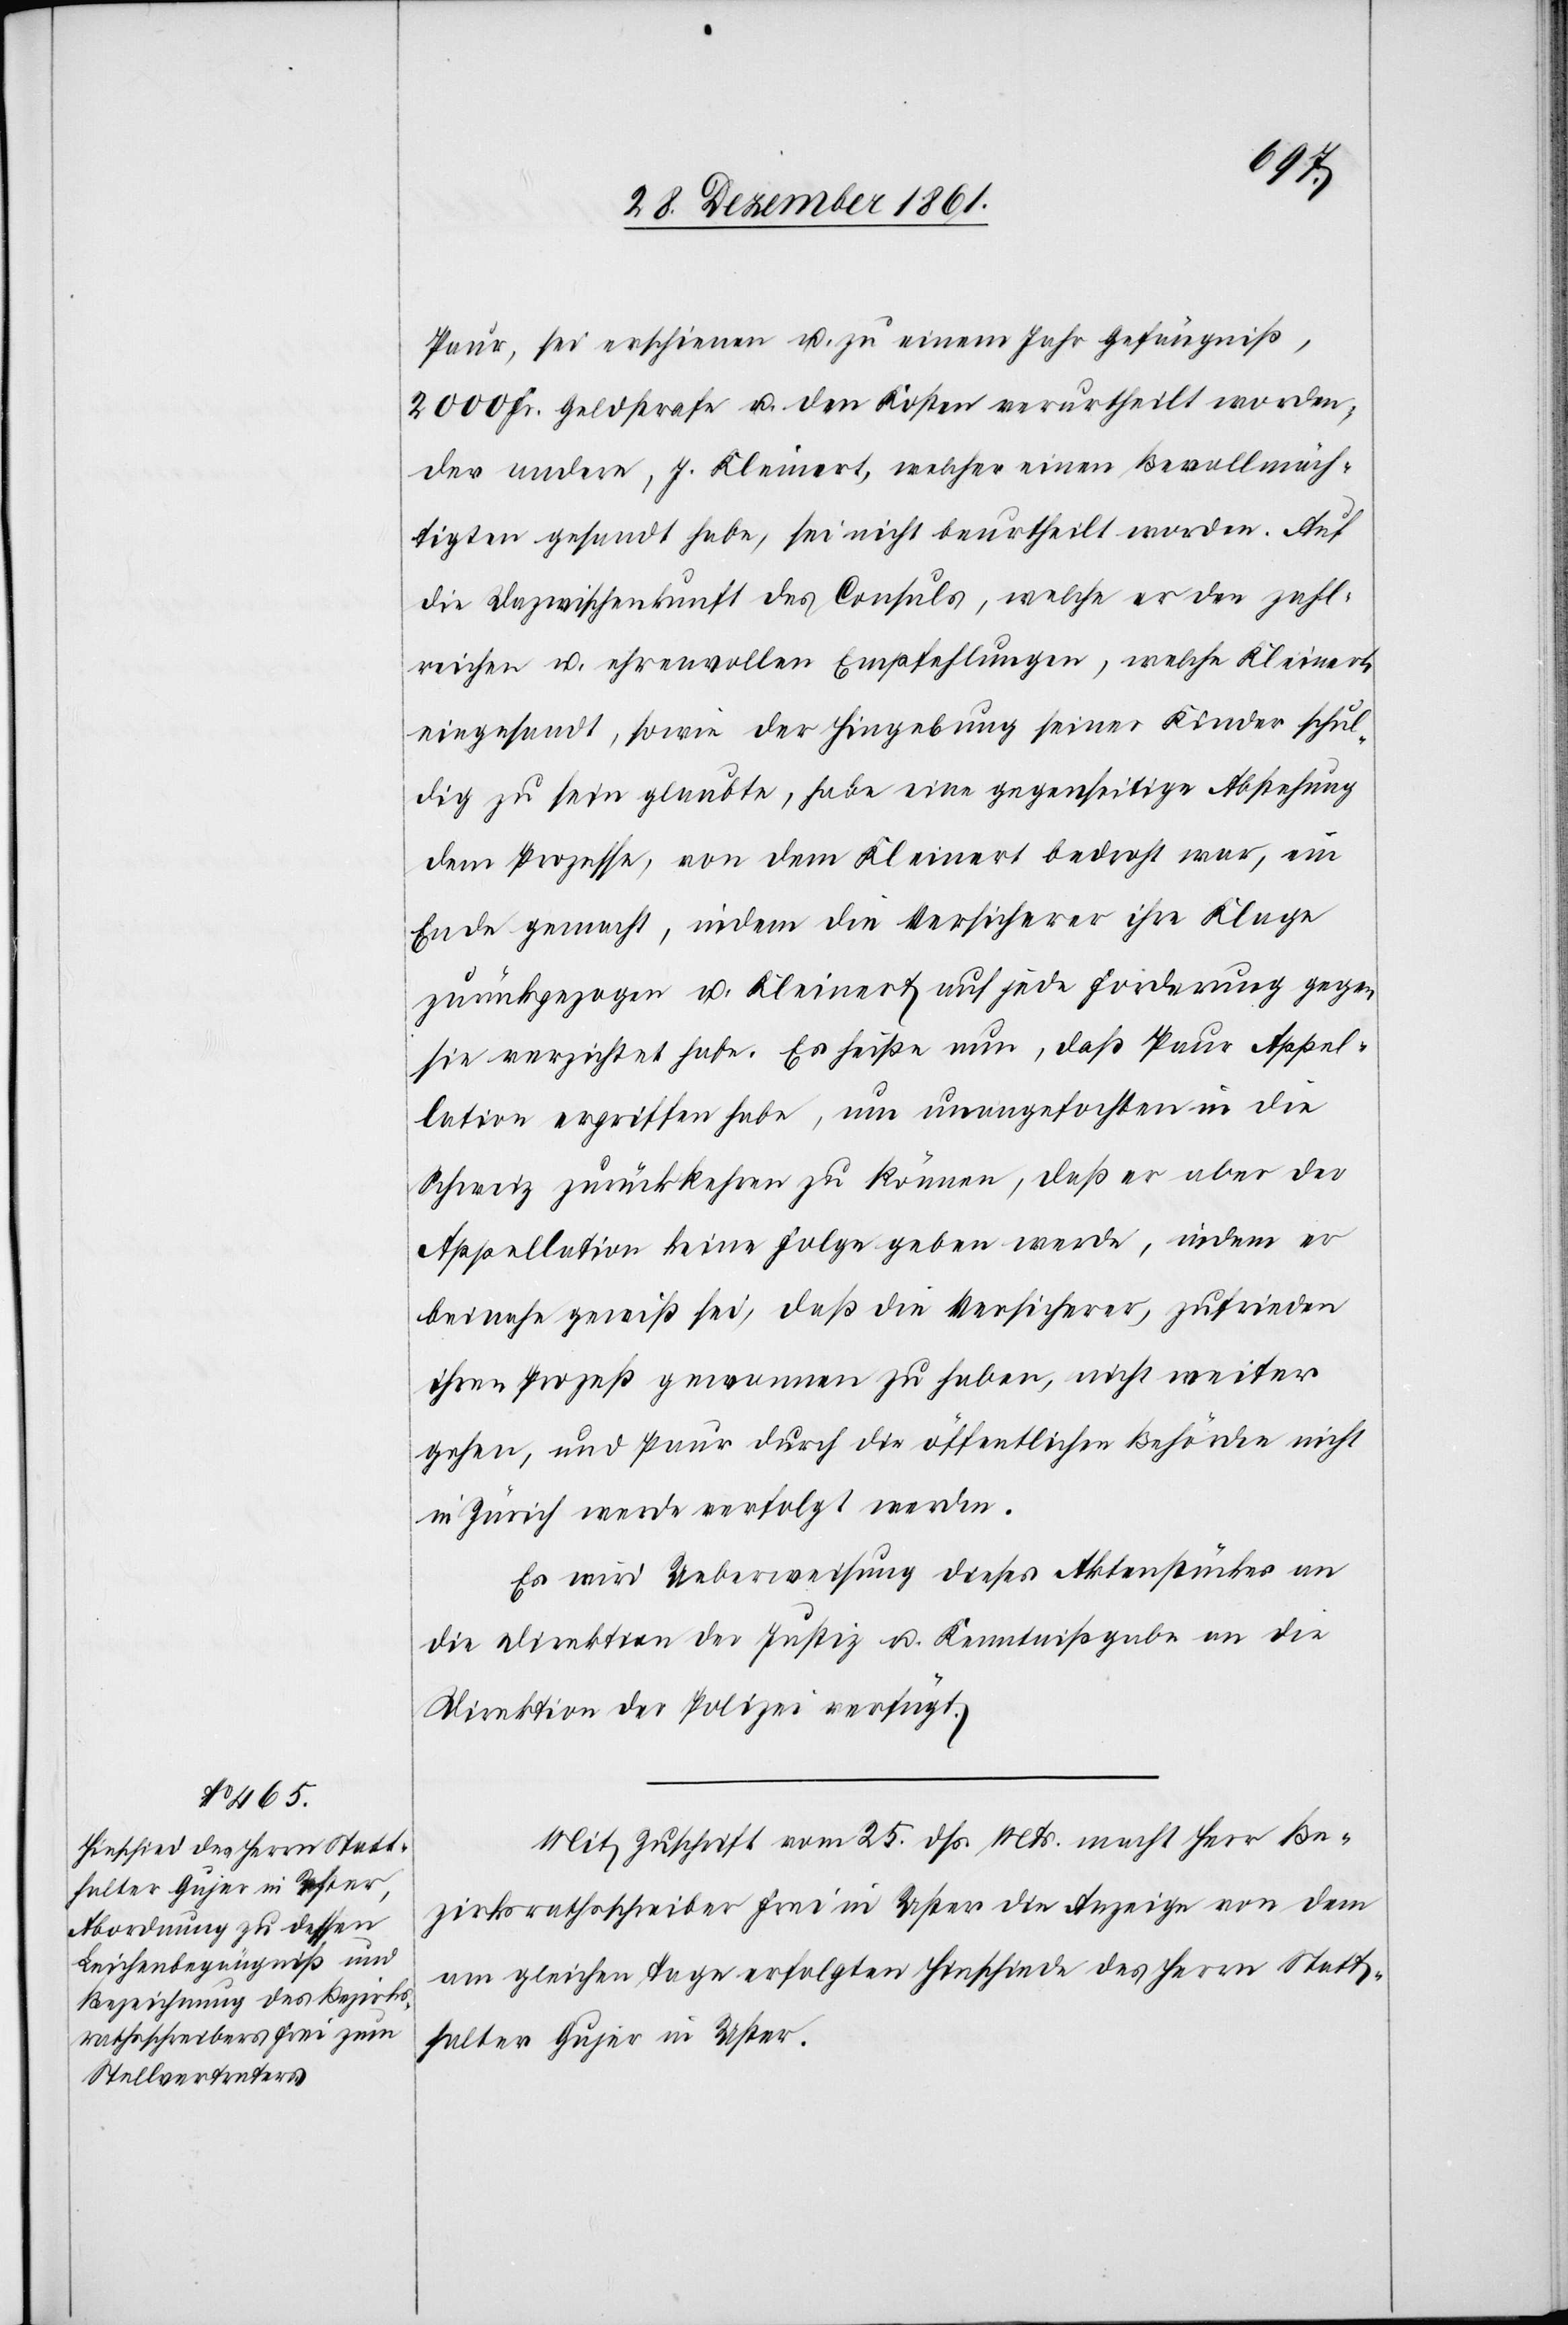
Paur, sei erschienen u. zu einem Jahr Gefängniß,
2000 Fr. Geldstrafe u. den Kosten verurtheilt worden,
der andere, J. Kleinert, welcher einen Bevollmäch¬
tigten gesandt habe, sei nicht beurtheilt worden. Auf
die Dazwischenkunft des Consuls, welche er den zahl¬
reichen u. ehrenvollen Empfehlungen, welche Kleinert,
einsandt, sowie der Hingebung seiner Kinder schul¬
dig zu sein glaubte, habe eine gegenseitige Abstehung
dem Prozesse, von dem Kleinert bedroht war, ein
Ende gemacht, indem die Versicherer ihre Klage
zurückgezogen u. Kleinert auf jede Forderung gegen
sie verzichtet habe. Es heiße nun, daß Paur Appel¬
lation ergriffen habe, um unangefochten in die
Schweiz zurückkehren zu können, daß er aber der
Appellation keine Folge geben werde, indem er
beinahe gewiß sei, daß die Versicherer, zufrieden
ihren Prozeß gewonnen zu haben, nicht weiter
gehen, und Paur durch die öffentlichen Behörden nicht
in Zürich werde verfolgt werden.
Es wird Ueberweisung dieses Aktenstückes an
die Direktion der Justiz u. Kenntnißgabe an die
Direktion der Polizei verfügt.
Mit Zuschrift vom 25 dss. Mts. macht Herr Be¬
zirksrathsschreiber Frei in Uster die Anzeige von dem
am gleichen Tage erfolgten Hinschiede des Herrn Statt¬
halter Gujer in Uster.